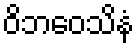
ဝိဘဝေသိနံ